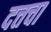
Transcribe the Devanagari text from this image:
दत्तचा